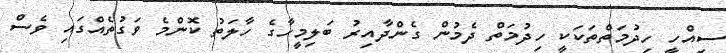
ސިއްހީ ހިދުމަތްތަކަކީ ހިދުމަތް ދެމުން ގެންދާއިރު ބަލިމީހާގެ ހާލަތު ކޮންމެ ވަގުތެއްގައި ވެސް